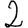
Digit: 2